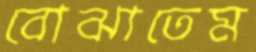
বোঝাতেম